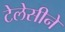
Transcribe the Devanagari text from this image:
टेलेसीने